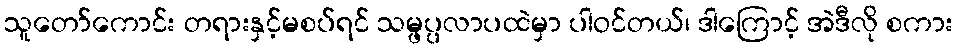
သူတော်ကောင်း တရားနှင့်မစပ်ရင် သမ္ဖပ္ပလာပထဲမှာ ပါဝင်တယ်၊ ဒါကြောင့် အဲဒီလို စကား